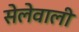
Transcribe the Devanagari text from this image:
सेलेवाली